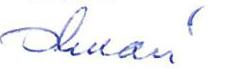
Olavi